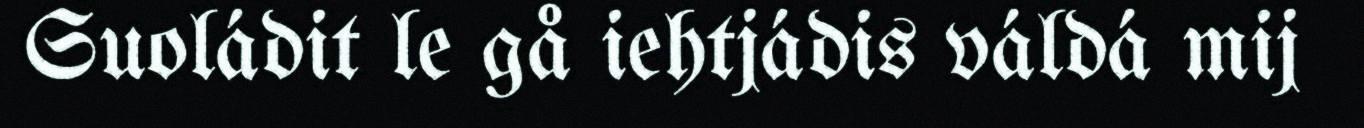
Suoládit le gå iehtjádis váldá mij